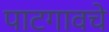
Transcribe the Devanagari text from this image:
पाटगावचे